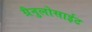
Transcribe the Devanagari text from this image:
ग्रैनुलोसाईट